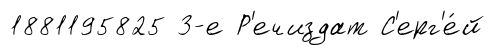
1881195825 3-е Р'ечиздат С'ерг'е́й